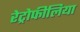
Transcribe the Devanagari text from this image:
रेट्रोफीलिया